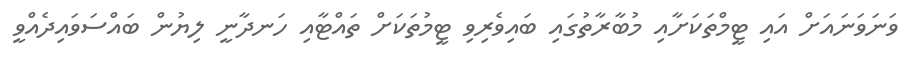
ވަނަވަނައަށް އައި ޓީމްތަކަށާއި މުބާރާތުގައި ބައިވެރިވި ޓީމުތަކަށް ތައްޓާއި ހަނދާނީ ލިޔުން ބައްސަވައިދެއްވީ